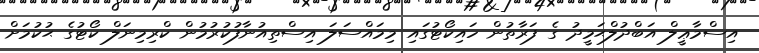
އިސްމާޢީލް އަބްދުލްޙަމީދު ގެ ފަރާތުން ހައިކޯޓުގައި މިމައްސަލަ އިސްތިއުނާފުކުރުމުން ކްރިމިނަލް ކޯޓުގެ ޙުކުމަށް